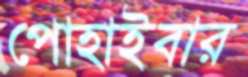
পোহাইবার